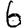
Digit: 6